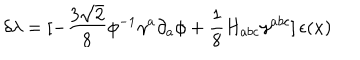
\delta \lambda = [ - { \frac { 3 \sqrt 2 } { 8 } } \phi ^ { - 1 } \gamma ^ { a } \partial _ { a } \phi + { \frac { 1 } { 8 } } H _ { a b c } \gamma ^ { a b c } ] \, \epsilon ( x )